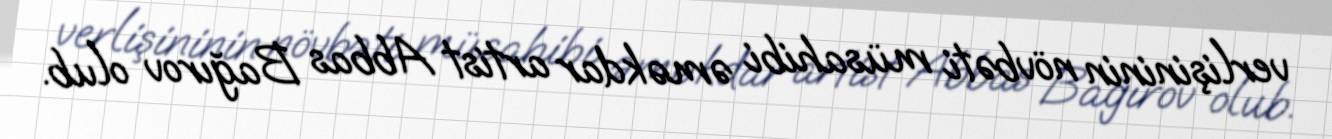
verlişininin növbəti müsahibi əməkdar artist Abbas Bağırov olub.